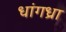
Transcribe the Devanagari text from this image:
धांगध्रा